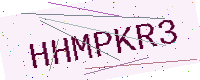
Text: HHMPKR3